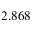
2 . 8 6 8